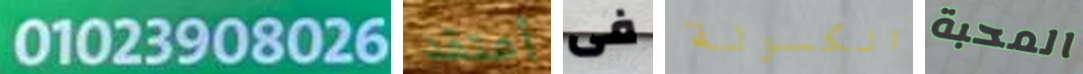
01023908026 أعتقد فى الكسولة المحبة